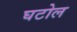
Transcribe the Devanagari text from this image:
घटोल